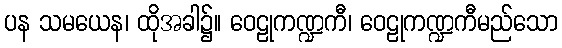
ပန သမယေန၊ ထိုအခါ၌။ ဝေဠုကဏ္ဍကီ၊ ဝေဠုကဏ္ဍကီမည်သော